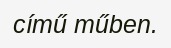
című műben.